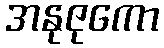
အနုဇုကော